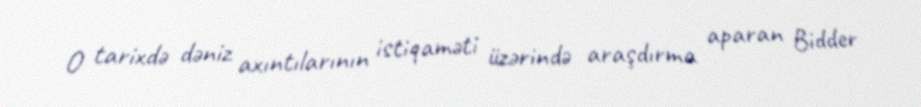
O tarixdə dəniz axıntılarının istiqaməti üzərində araşdırma aparan Bidder